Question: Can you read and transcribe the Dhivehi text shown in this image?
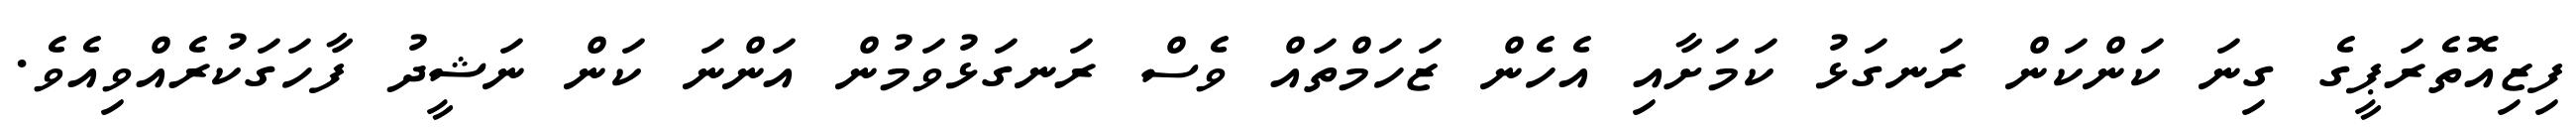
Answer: ފިޒިއޮތެރަޕީގެ ގިނަ ކަންކަން ރަނގަޅު ކަމަށާއި އެހެން ޒަހަމްތައް ވެސް ރަނގަޅުވަމުން އަންނަ ކަން ނަޝީދު ފާހަގަކުރެއްވިއެވެ.